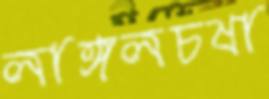
লাঙ্গলচষা